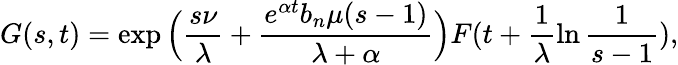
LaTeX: G(s,t)=\exp\Big(\frac{s\nu}{\lambda}+\frac{e^{\alpha t}b_{n}\mu(s-1)}{\lambda+\alpha}\Big)F(t+\frac{1}{\lambda}\ln{\frac{1}{s-1}}),